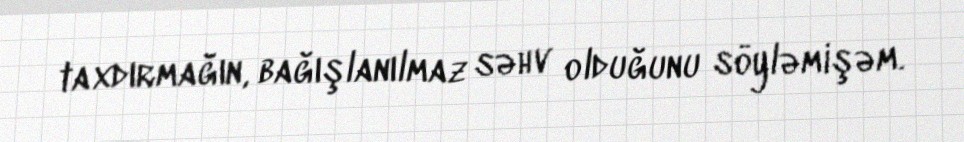
taxdırmağın, bağışlanılmaz səhv olduğunu söyləmişəm.